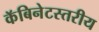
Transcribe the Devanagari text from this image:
कॅबिनेटस्तरीय